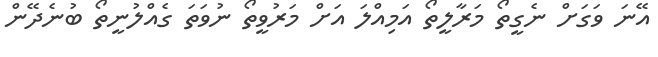
އޭނަ ވަގަށް ނެގީތޯ މަރާލީތޯ އަމިއްލަ އަށް މަރުވީތޯ ނުވަތަ ގެއްލުނީތޯ ބުނެދޭން